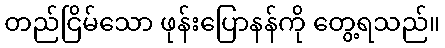
တည်ငြိမ်သော ဖုန်းပြောနန်ကို တွေ့ရသည်။